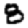
Digit: 8